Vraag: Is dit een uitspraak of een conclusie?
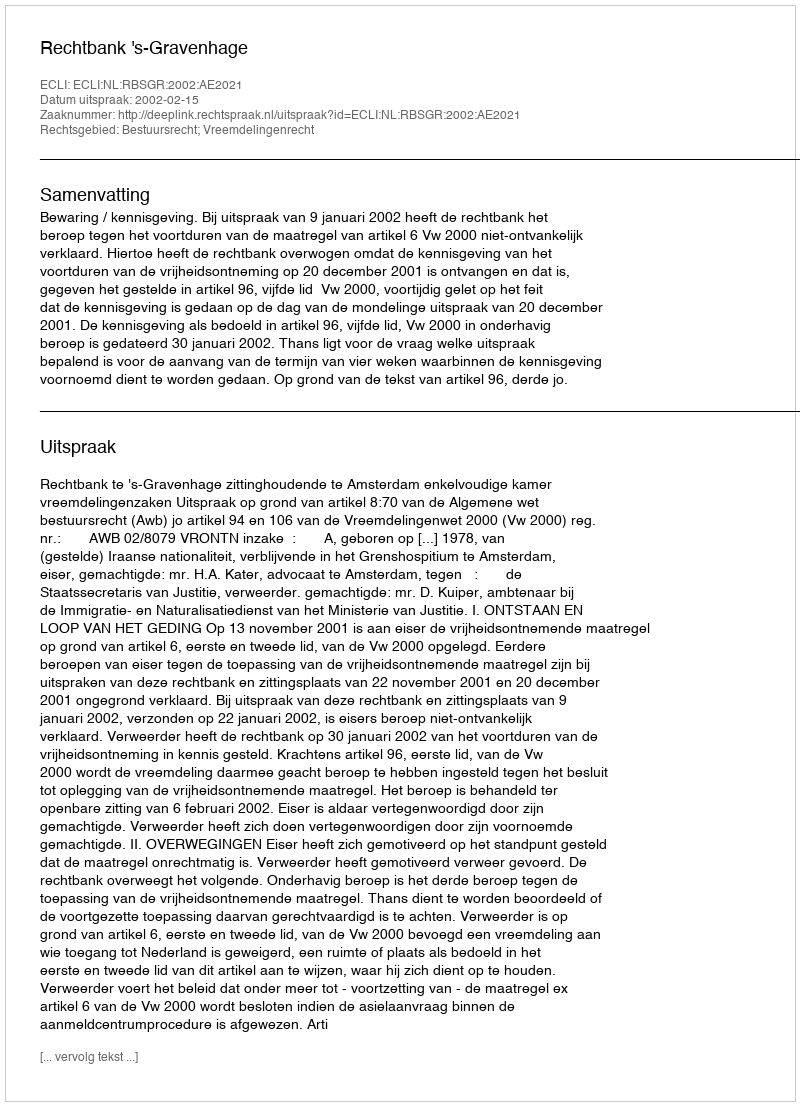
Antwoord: Uitspraak